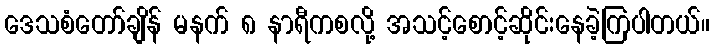
ဒေသစံတော်ချိန် မနက် ၈ နာရီကစလို့ အသင့်စောင့်ဆိုင်းနေခဲ့ကြပါတယ်။